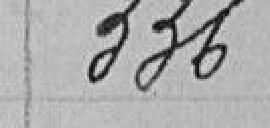
336